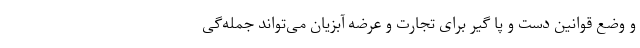
و وضع قوانین دست و پا گیر برای تجارت و عرضه آبزیان می‌تواند جمله‌گی